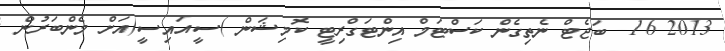
2013 16  ބަޖެޓް ނެތިގެން ކަސްޓަމް އިންޓަގްރިޓީ ކޮމިޝަން )ސީއައިސީ(އަށް މެންބަރުން